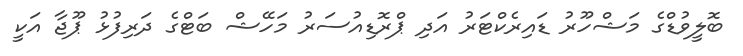
ބޮލީވުޑްގެ މަޝްހޫރު ޑައިރެކްޓަރު އަދި ޕްރޮޑިއުސަރު މަހޭޝް ބަޓްގެ ދަރިފުޅު ޕޫޖާ އަކީ